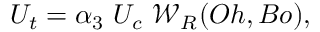
U _ { t } = \alpha _ { 3 } ~ U _ { c } ~ { \mathcal { W } } _ { R } ( O h , B o ) ,